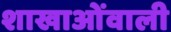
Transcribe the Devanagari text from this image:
शाखाओंवाली